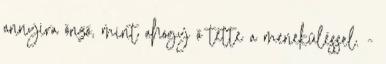
annyira önző, mint ahogy ő tette a meneküléssel. -